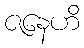
ဇနေဟိ